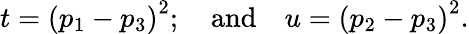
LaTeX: t=\left(p_{1}-p_{3}\right)^{2};\quad\mathrm{and}\quad u=\left(p_{2}-p_{3}\right)^{2}.